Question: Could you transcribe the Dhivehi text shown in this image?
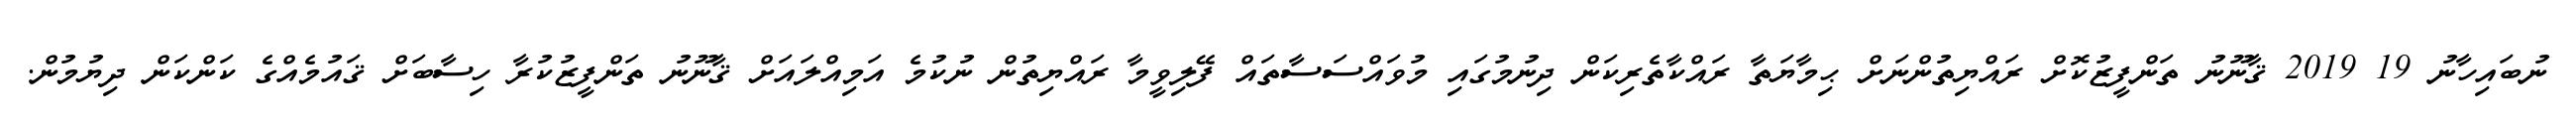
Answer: ނުބައިހާނު 19 2019 ޤާނޫނު ތަންފީޒުކޮށް ރައްޔިތުންނަށް ޙިމާޔަތާ ރައްކާތެރިކަން ދިނުމުގައި މުވައްސަސާތައް ފޭލިވީމާ ރައްޔިތުން ނުކުމެ އަމިއްލައަށް ޤާނޫނު ތަންފީޒުކުރާ ހިސާބަށް ޤައުމެއްގެ ކަންކަން ދިޔުމުން.